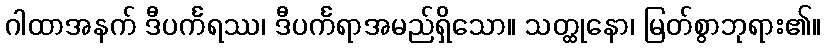
ဂါထာအနက် ဒီပင်္ကရဿ၊ ဒီပင်္ကရာအမည်ရှိသော။ သတ္ထုနော၊ မြတ်စွာဘုရား၏။